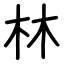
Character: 林